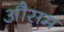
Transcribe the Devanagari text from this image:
औसम